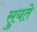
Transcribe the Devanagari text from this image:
सुयते